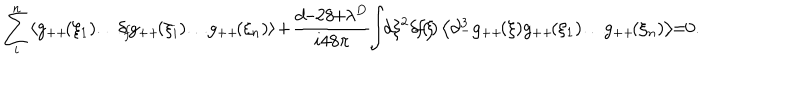
\sum _ { i } ^ { n } \! \left< g _ { + + } \! ( \xi _ { 1 } ) \! \dots \! \delta _ { \! f } \! g _ { + + } \! ( \xi _ { i } ) \! \dots \! g _ { + + } \! ( \xi _ { n } ) \right> \! + \! \frac { d \! \! - \! \! 2 8 \! \! + \! \! \lambda ^ { D } } { i 4 8 \pi } \! \! \int \! \! d \xi ^ { 2 } \! \, \delta \! f \! ( \! \xi \! ) \left< \partial _ { - } ^ { 3 } g _ { + + } \! ( \xi ) g _ { + + } \! ( \xi _ { 1 } ) \! \dots \! g _ { + + } \! ( \xi _ { n } ) \right> \! \! = \! \! 0 .